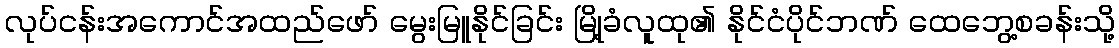
လုပ်ငန်းအကောင်အထည်ဖော် မွေးမြူနိုင်ခြင်း မြို့ခံလူထု၏ နိုင်ငံပိုင်ဘဏ် ထေဘွေ့စခန်းသို့